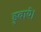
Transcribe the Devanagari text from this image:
डुबाये।